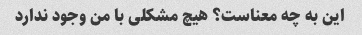
این به چه معناست؟ هیچ مشکلی با من وجود ندارد